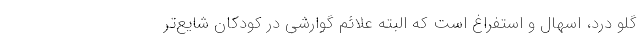
گلو درد، اسهال و استفراغ است که البته علائم گوارشی در کودکان شایع‌تر